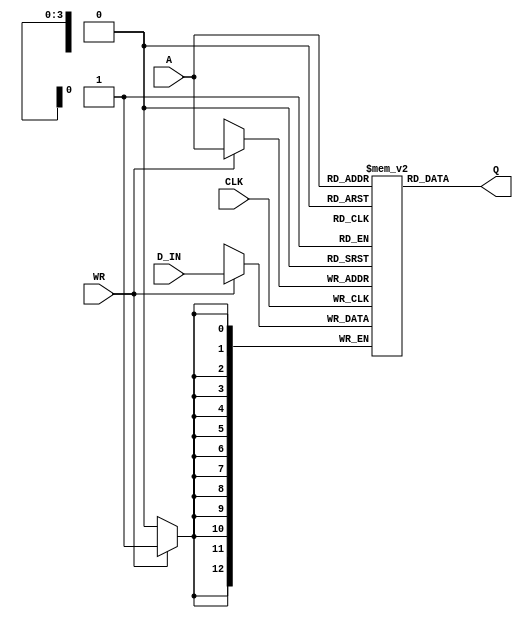
module Instruction_Memory(CLK,WR,A,D_IN,Q);
input CLK, WR;
input [3:0] A; // address
input [12:0] D_IN; // input instruction
output [12:0] Q; // output instruction

reg [12:0] SRAM [15:0];

initial begin
SRAM[0] = 13'b1000010011011; // 1000010(Add Immediate) 01(R1) 10(R2) 11(3), R1 = R2 + 3
SRAM[1] = 13'b0010000100100; // 0010000(Load) 10(R2) 01(R1), R2 = M(R1);
SRAM[2] = 13'b1110000001100; // 1110000(Jump), PC = R3;
// SRAM[2] = 13'b0000010111001; // 0000010(Add), R3 = R2+R1;
// SRAM[3] = 13'b1110000001100; // 1110000(Jump), PC = R3; 
end

// write your code for reading/writing
always @(posedge CLK) begin
	if(WR) SRAM[A] = D_IN;
end
assign Q = SRAM[A];
endmodule